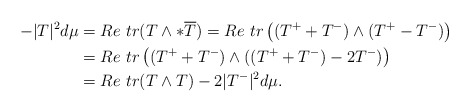
\begin{align*}\begin{aligned}-|T|^2d\mu&=Re\ tr(T\wedge*\overline{T})=Re\ tr\left((T^++T^-)\wedge(T^+-T^-)\right)\\&=Re\ tr\left((T^++T^-)\wedge((T^++T^-)-2T^-)\right)\\&=Re\ tr(T\wedge T)-2|T^-|^2d\mu.\end{aligned}\end{align*}